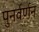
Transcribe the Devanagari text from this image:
पुनर्वर्णन